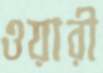
ওয়ারী